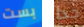
بست جدا